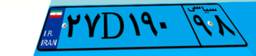
۸۵D۴۰۵۵۲